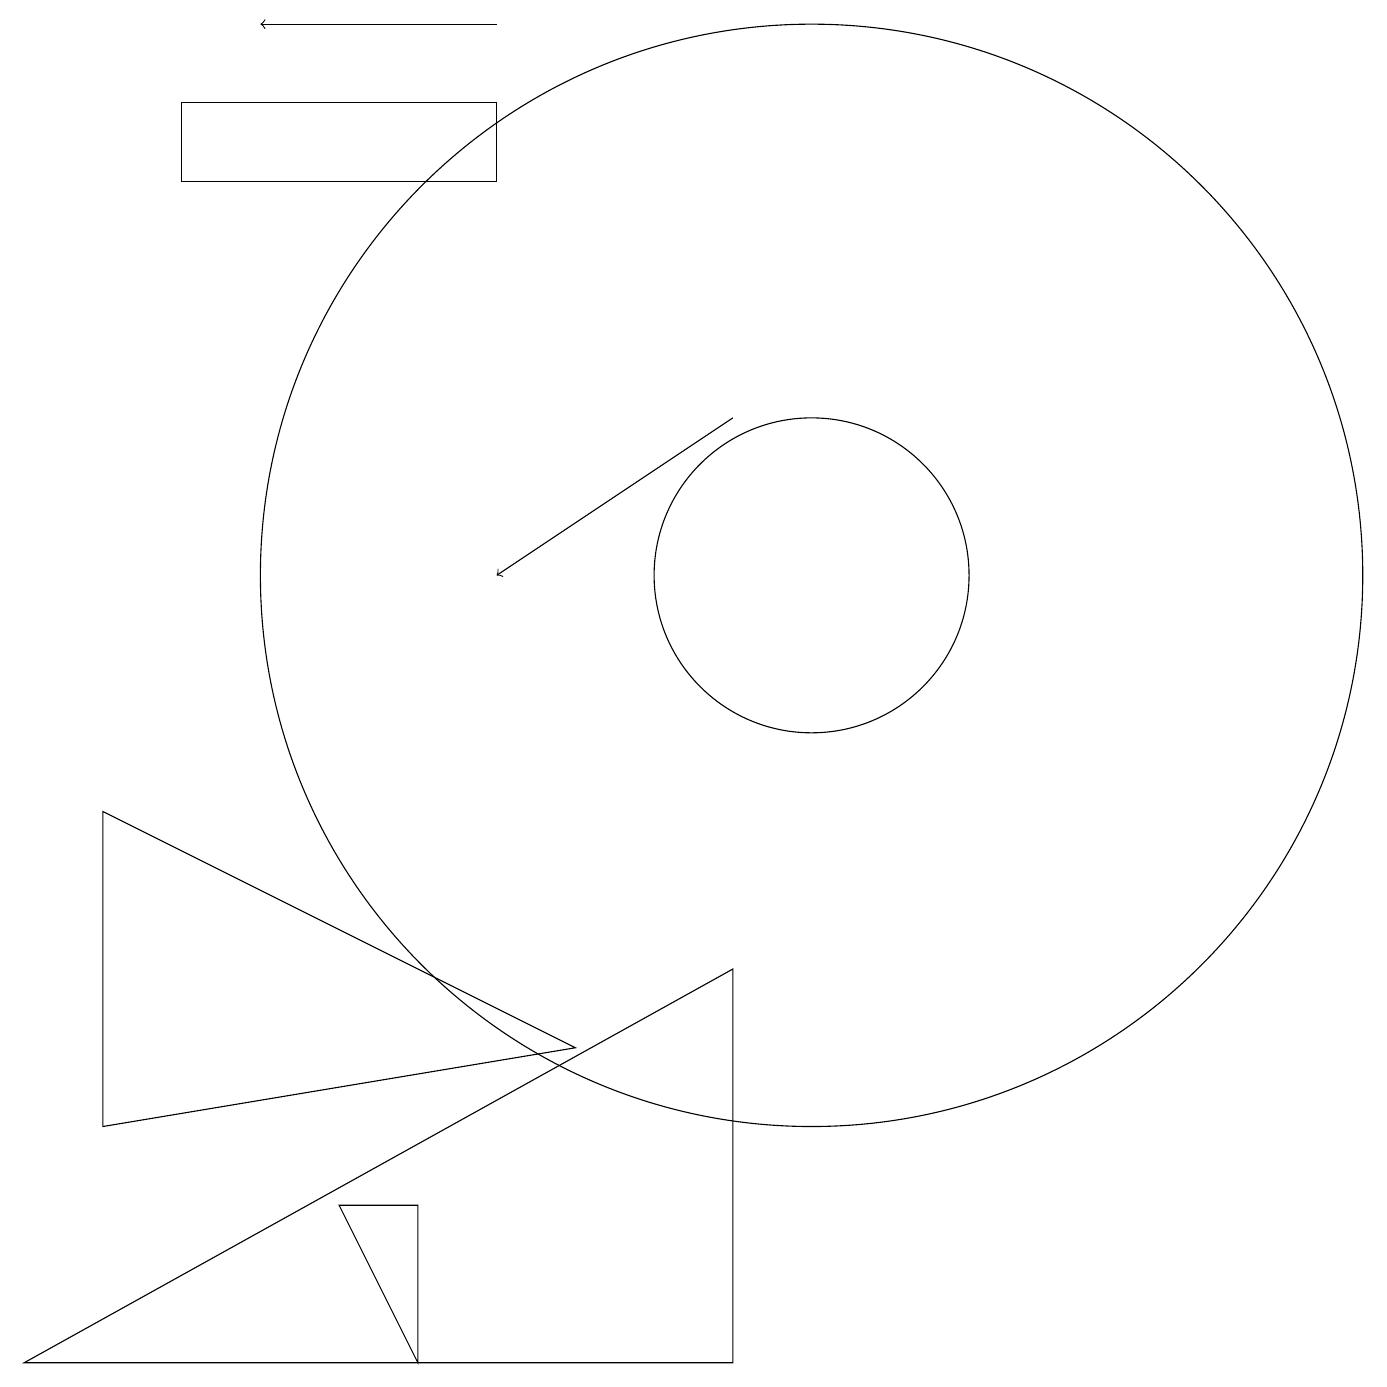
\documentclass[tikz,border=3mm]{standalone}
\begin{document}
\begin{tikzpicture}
\draw (10,11) circle (7);
\draw (6,17) rectangle (2,16);
\draw[->] (9,13) -- (6,11);
\draw (5,1) -- (5,3) -- (4,3) -- cycle;
\draw (1,4) -- (1,8) -- (7,5) -- cycle;
\draw (9,1) -- (9,6) -- (0,1) -- cycle;
\draw[->] (6,18) -- (3,18);
\draw (10,11) circle (2);
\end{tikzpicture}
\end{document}